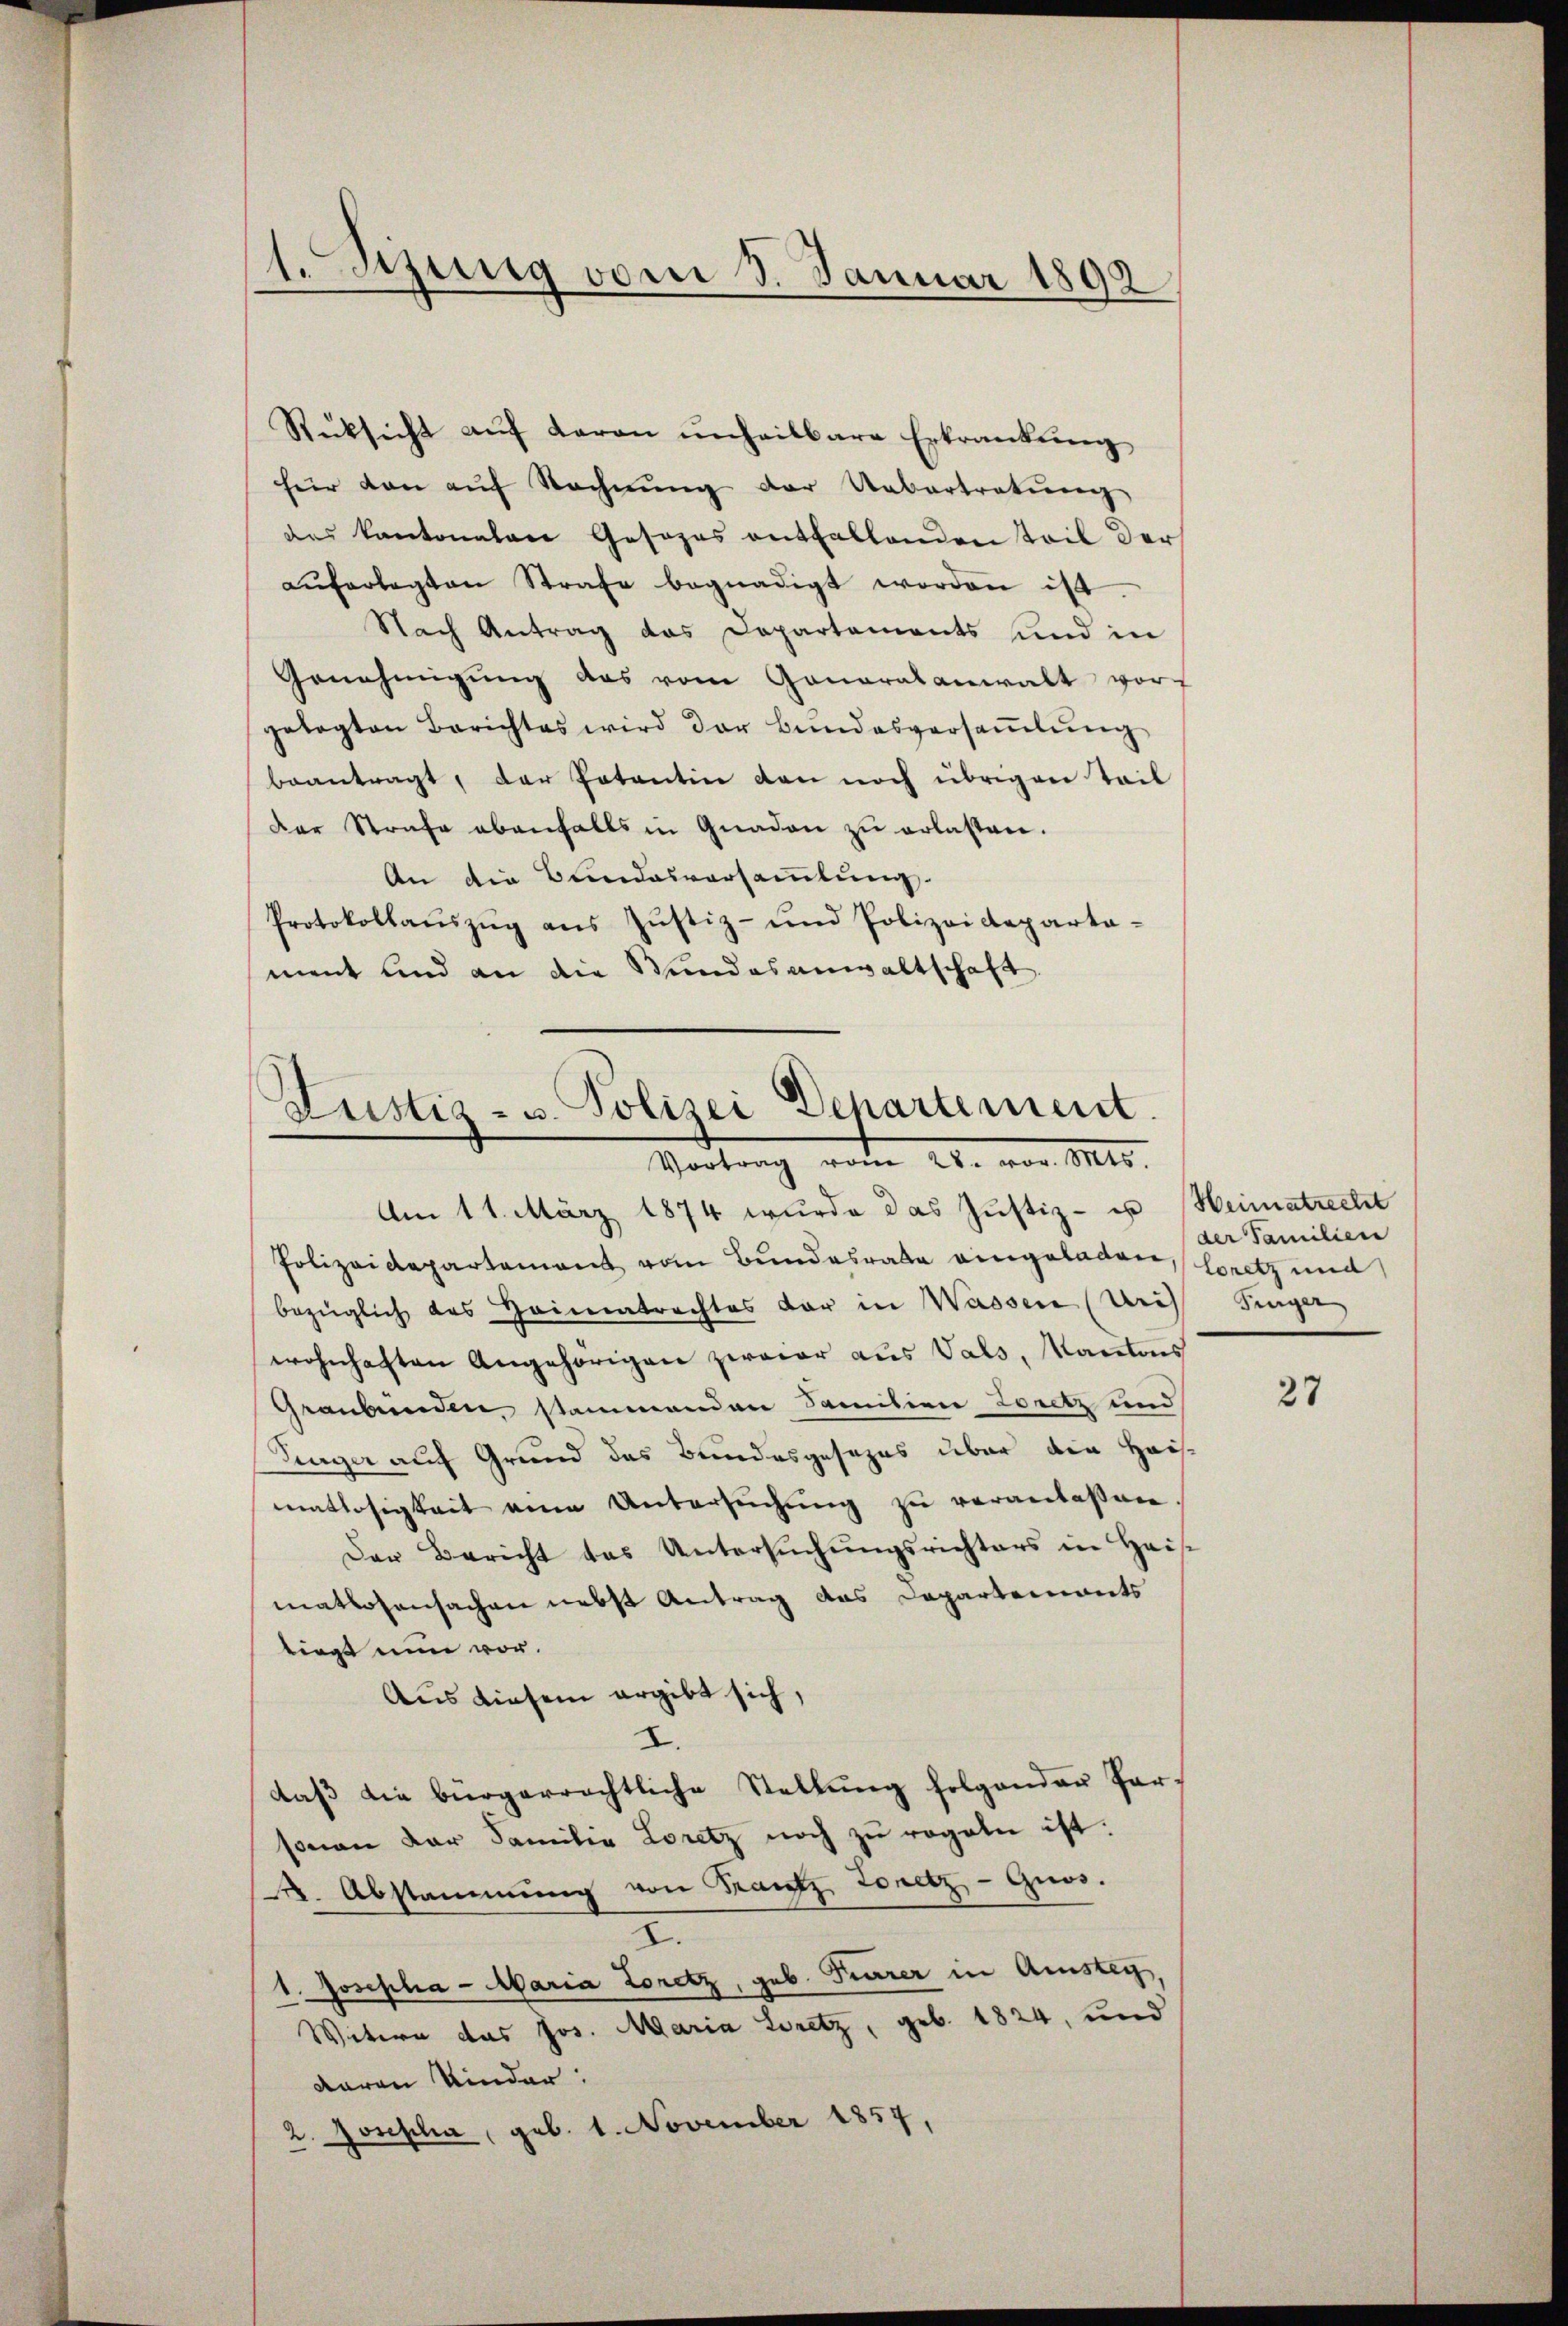
1. Sitzung vom 3. Januar 1892.

Rücksicht auf daran unheilbare Erkrankung
hier von aŭf Rechnŭng der Uebertretŭng
das kantonalen Gesezes entfallenden Teil der
aŭferlegten Strafe begnadigt worden ist.
Nach Antrag das Departements und in
Genehmigŭng das vom Ganaralanwalt vorf
gelegten Berichtes wird der Bundesversaṁlŭng
beantragt, der Potentin den noch übrigen Teil
Der Strafe ebenfalls in Gnaden zu erlassen.
An die Bundesversammlung.
Protokollauszug aus Justiz- und Polizeideparta-
ment und an die Wundesanwaltschaft.

Justiz- u. Polizei Departement.
Vortrag vom 28. vor. Mts.
Am 11. März 1874 wurde das Justiz- u Heimatrecht

Polizeidepartement vom Bundesrate eingeladen, Loretz und
bezüglich des Heimatrechtes der in Wassen (Uris Singer
wohnhaften Angehörigen zweier aus Vals, Kantons
Graubünden, stammandere Familien Loretz und
Singer auf Grund das Bundesgesezes über die Haus-
matlosigkeit eine Untersŭchŭng zu veranlassen.
Der Bericht das Untersŭchŭngsrichters in Heis
matlosensachen nebst Antrag das Dapartements
liegt nun vor.
Aus diesem ergibt sich,
I.
daβ die bürgerrechtliche Stellŭng folgender Par-
sonen der Familie Loretz noch zu regeln ist.
k. Abstammung von Frantz Zonetz, - Guos.
2.
1. Josepha - Maria Loretz, geb. Tierer in Amstey,
Witern das Jos. Maria Loretz, geb. 1824, und
daren Kinder:
2. Josepha, geb. 1. November 1857,

der Familien

27